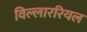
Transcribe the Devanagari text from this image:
विल्लाररियल